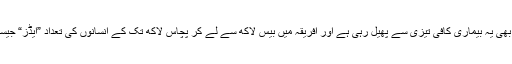
امریکہ کے علاوہ بر اعظم افریقہ میں بھی یہ بیماری کافی تیزی سے پھیل رہی ہے اور افریقہ میں بیس لاکھ سے لے کر پچاس لاکھ تک کے انسانوں کی تعداد ”ایڈز“ جیسے مہلک مرض میں مبتلا ہوچکی ہے۔